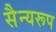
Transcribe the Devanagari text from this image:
सैन्यरूप